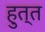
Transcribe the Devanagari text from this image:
हुत्त